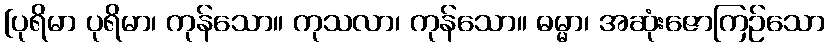
[ပုရိမာ ပုရိမာ၊ ကုန်သော။ ကုသလာ၊ ကုန်သော။ ဓမ္မာ၊ အဆုံးဇောကြဉ်သော